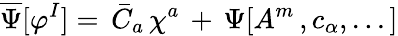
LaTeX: \overline{{\Psi}}[\varphi^{I}]=\, \bar{C}_{a}\, \chi^{a}\, +\, \Psi[A^{m}\, ,c_{\alpha},...]